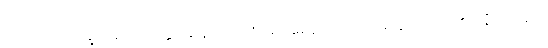
တဿ ဘိက္ခုနော အတ္တမနော ဟောမိ အရညဝိဟာရေနာ”တိ (အ။ နိ။ ၆။၄၂၊